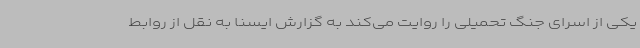
یکی از اسرای جنگ تحمیلی را روایت می‌کند به گزارش ایسنا به نقل از روابط